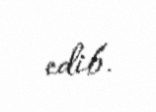
edib.